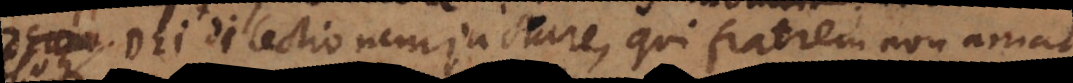
Dei dilectionem jactare, qui fratrem non amat,